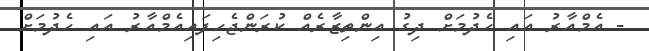
- އެމްއާރު އައި ހެދުމަށް ދިގު އިންތިޒާރެއް ކުރަންޖެހިފައިއެމްއާރު އައި ހެދުމަށް